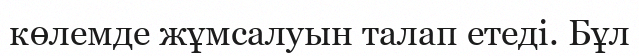
көлемде жұмсалуын талап етеді. Бұл